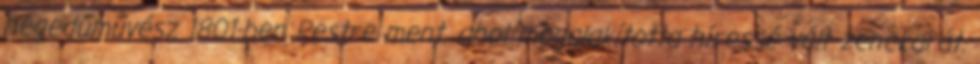
hegedűművész 1801-ben Pestre ment, ahol megalakította híressé vált zenekarát.